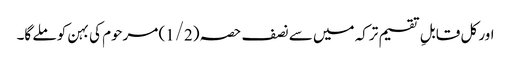
اور کل قابلِ تقسیم ترکہ میں سے نصف حصہ (1/2) مرحوم کی بہن کو ملے گا۔